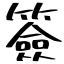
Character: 簽